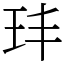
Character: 玤